Madras plague regulations and rules - Volume 1
Disease focus: Plague
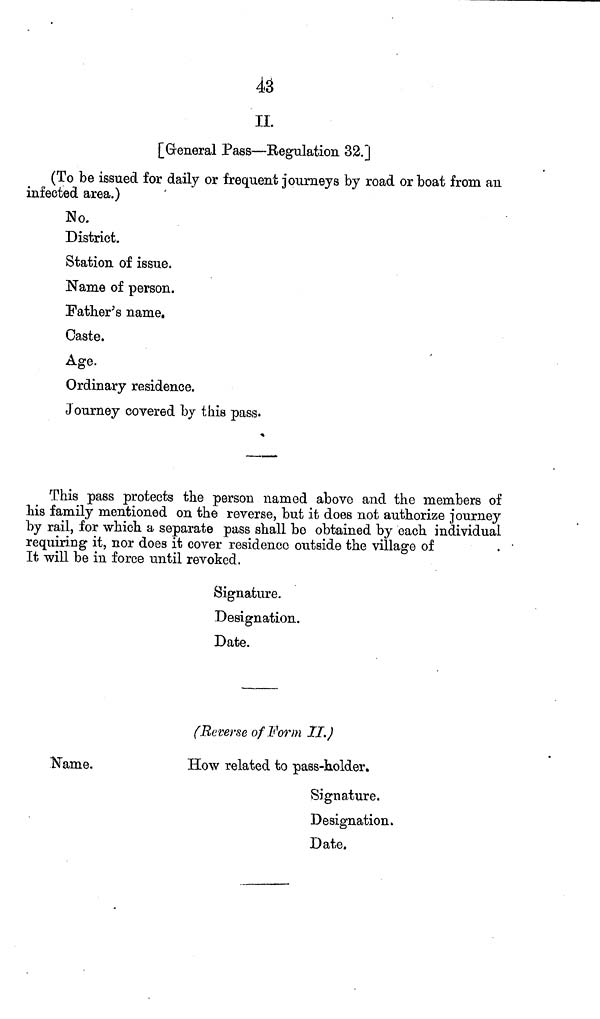
43
II.
[General Pass—Regulation 32.]
(To be issued for daily or frequent journeys by road or boat from an
infected area.)
No.
District.
Station of issue.
Name of person.
Father's name.
Caste.
Age.
Ordinary residence.
Journey covered by this pass.
This pass protects the person named above and the members of
Ms family mentioned on the reverse, but it does not authorize journey
by rail, for which a separate pass shall be obtained by each individual
requiring it, nor does it cover residenee outside the village of
It will be in force until revoked.
Signature.
Designation.
Date.
(Reverse of Form II.)
Name.
How related to pass-holder.
Signature.
Designation.
Date.